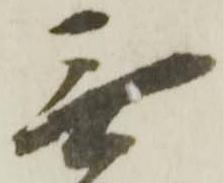
無